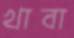
খাবা